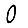
Digit: 0